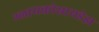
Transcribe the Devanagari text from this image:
ग्लायकोसायडेझ